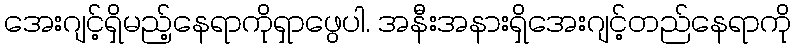
အေးဂျင့်ရှိမည့်နေရာကိုရှာဖွေပါ. အနီးအနားရှိအေးဂျင့်တည်နေရာကို